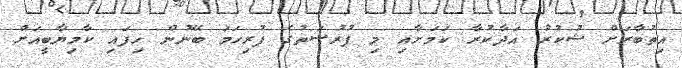
އިތުބާރަށް ޝުކުރު އަދާކުރާ ކަމަށާއި މި ފުރުސަތުގެ ފުރިހަމަ ބޭނުން ހިފައި ކާމިޔާބީއަށް